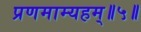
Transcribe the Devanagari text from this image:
प्रणमाम्यहम्॥५॥